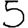
Digit: 5